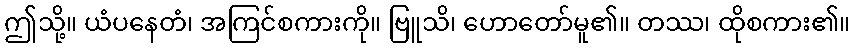
ဤသို့။ ယံပနေတံ၊ အကြင်စကားကို။ ဗြူသိ၊ ဟောတော်မူ၏။ တဿ၊ ထိုစကား၏။